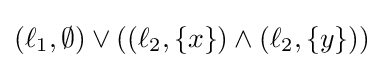
(\ell _{1},\emptyset )\lor ((\ell _{2},\{x\})\land (\ell _{2},\{y\}))